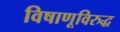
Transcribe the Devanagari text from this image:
विषाणूविरुद्ध